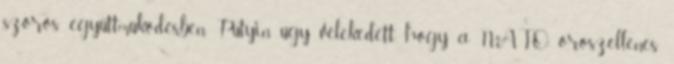
szoros együttműködésben. Putyin úgy vélekedett, hogy a NATO oroszellenes